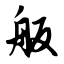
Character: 舨